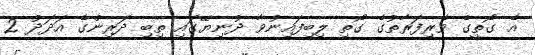
އެ ގޯތީގެ ވެރިފަރާތުގެ ގޯތި ލިބިފައިނުވާ ދުނިޔޭގައި ތިބި ދަރިންގެ އަދަދު 2